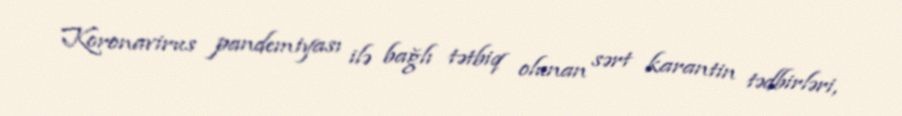
Koronavirus pandemiyası ilə bağlı tətbiq olunan sərt karantin tədbirləri,